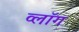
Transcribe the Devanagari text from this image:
व्लॉग